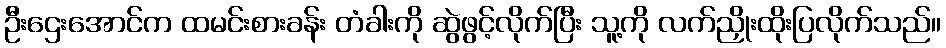
ဦးဌေးအောင်က ထမင်းစားခန်း တံခါးကို ဆွဲဖွင့်လိုက်ပြီး သူ့ကို လက်ညှိုးထိုးပြလိုက်သည်။